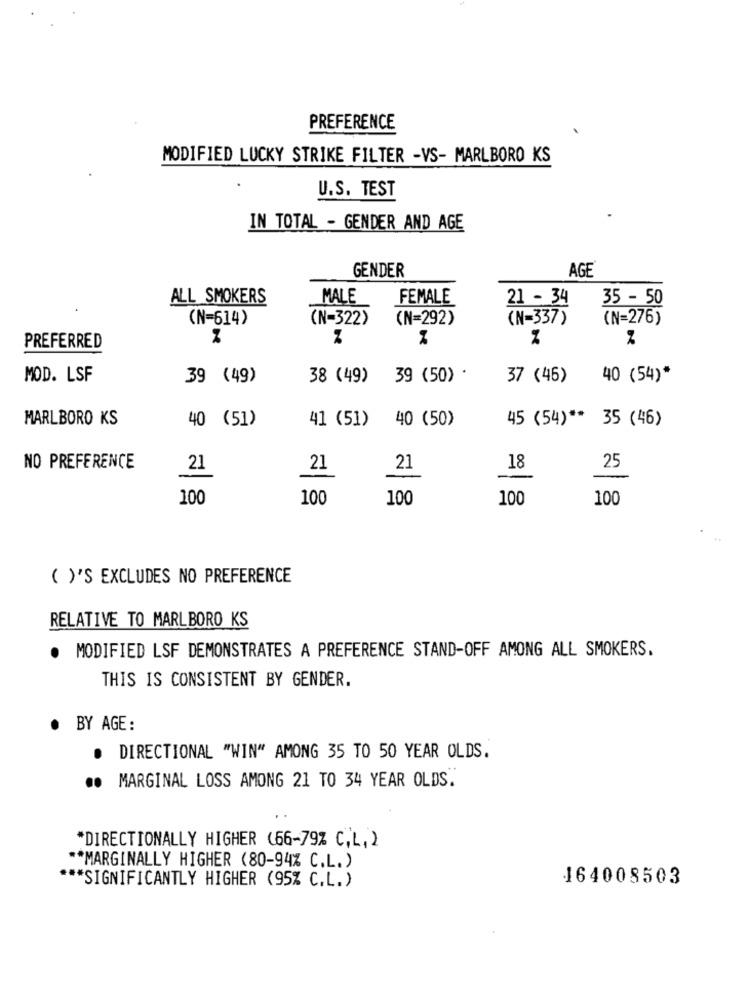
PREFERENCE
MODIFIED LUCKY STRIKE FILTER -VS- MARLBORO KS
U.S. TEST
IN TOTAL - GENDER AND AGE
GENDER
AGE
ALL SMOKERS
MALE
FEMALE
21 - 34
35 - 50
(N=614)
(N-322)
(N=292)
(N=337)
(N=276)
%
PREFERRED
MOD. LSF
39 (49)
38 (49)
39 (50) .
37 (45)
40 (54)*
MARLBORO KS
40 (51)
41 (51)
40 (50)
45 (54) ** 35 (46)
NO PREFERENCE
21
21
21
18
25
100
100
100
100
100
( )'S EXCLUDES NO PREFERENCE
RELATIVE TO MARLBORO KS
MODIFIED LSF DEMONSTRATES A PREFERENCE STAND-OFF AMONG ALL SMOKERS.
.
THIS IS CONSISTENT BY GENDER.
· BY AGE:
. DIRECTIONAL "WIN" AMONG 35 TO 50 YEAR OLDS.
.. MARGINAL LOSS AMONG 21 TO 34 YEAR OLDS.
*DIRECTIONALLY HIGHER (66-79% C,L, )
** MARGINALLY HIGHER (80-94% C.L. )
164008503
*** SIGNIFICANTLY HIGHER (95% C.L.)